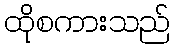
ထိုစကားသည်